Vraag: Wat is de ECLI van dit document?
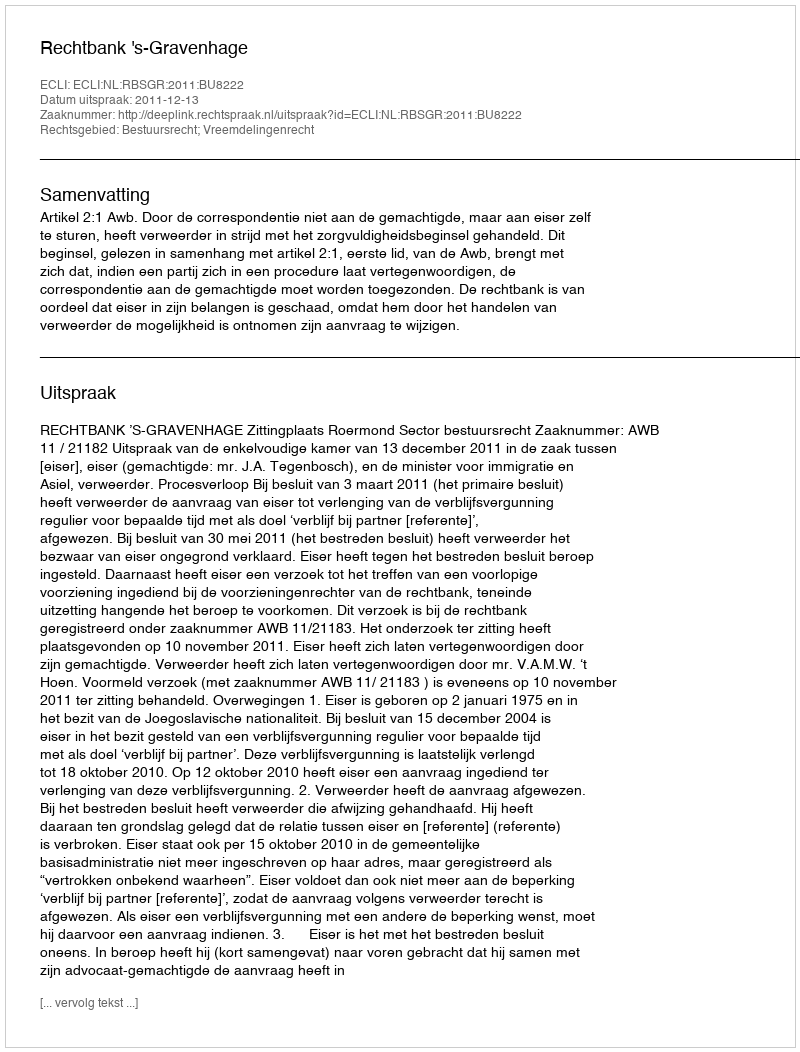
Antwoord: ECLI:NL:RBSGR:2011:BU8222